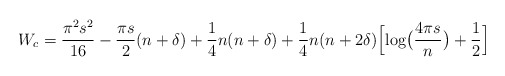
\begin{align*}W_c= {\pi^2 s^2\over 16} - {\pi s\over 2}(n+\delta) + {1\over 4}n(n+\delta)+{1\over 4}n(n+2\delta)\Bigl[\log\bigl({4\pi s\over n}\bigr)+{1\over 2}\Bigr] \end{align*}